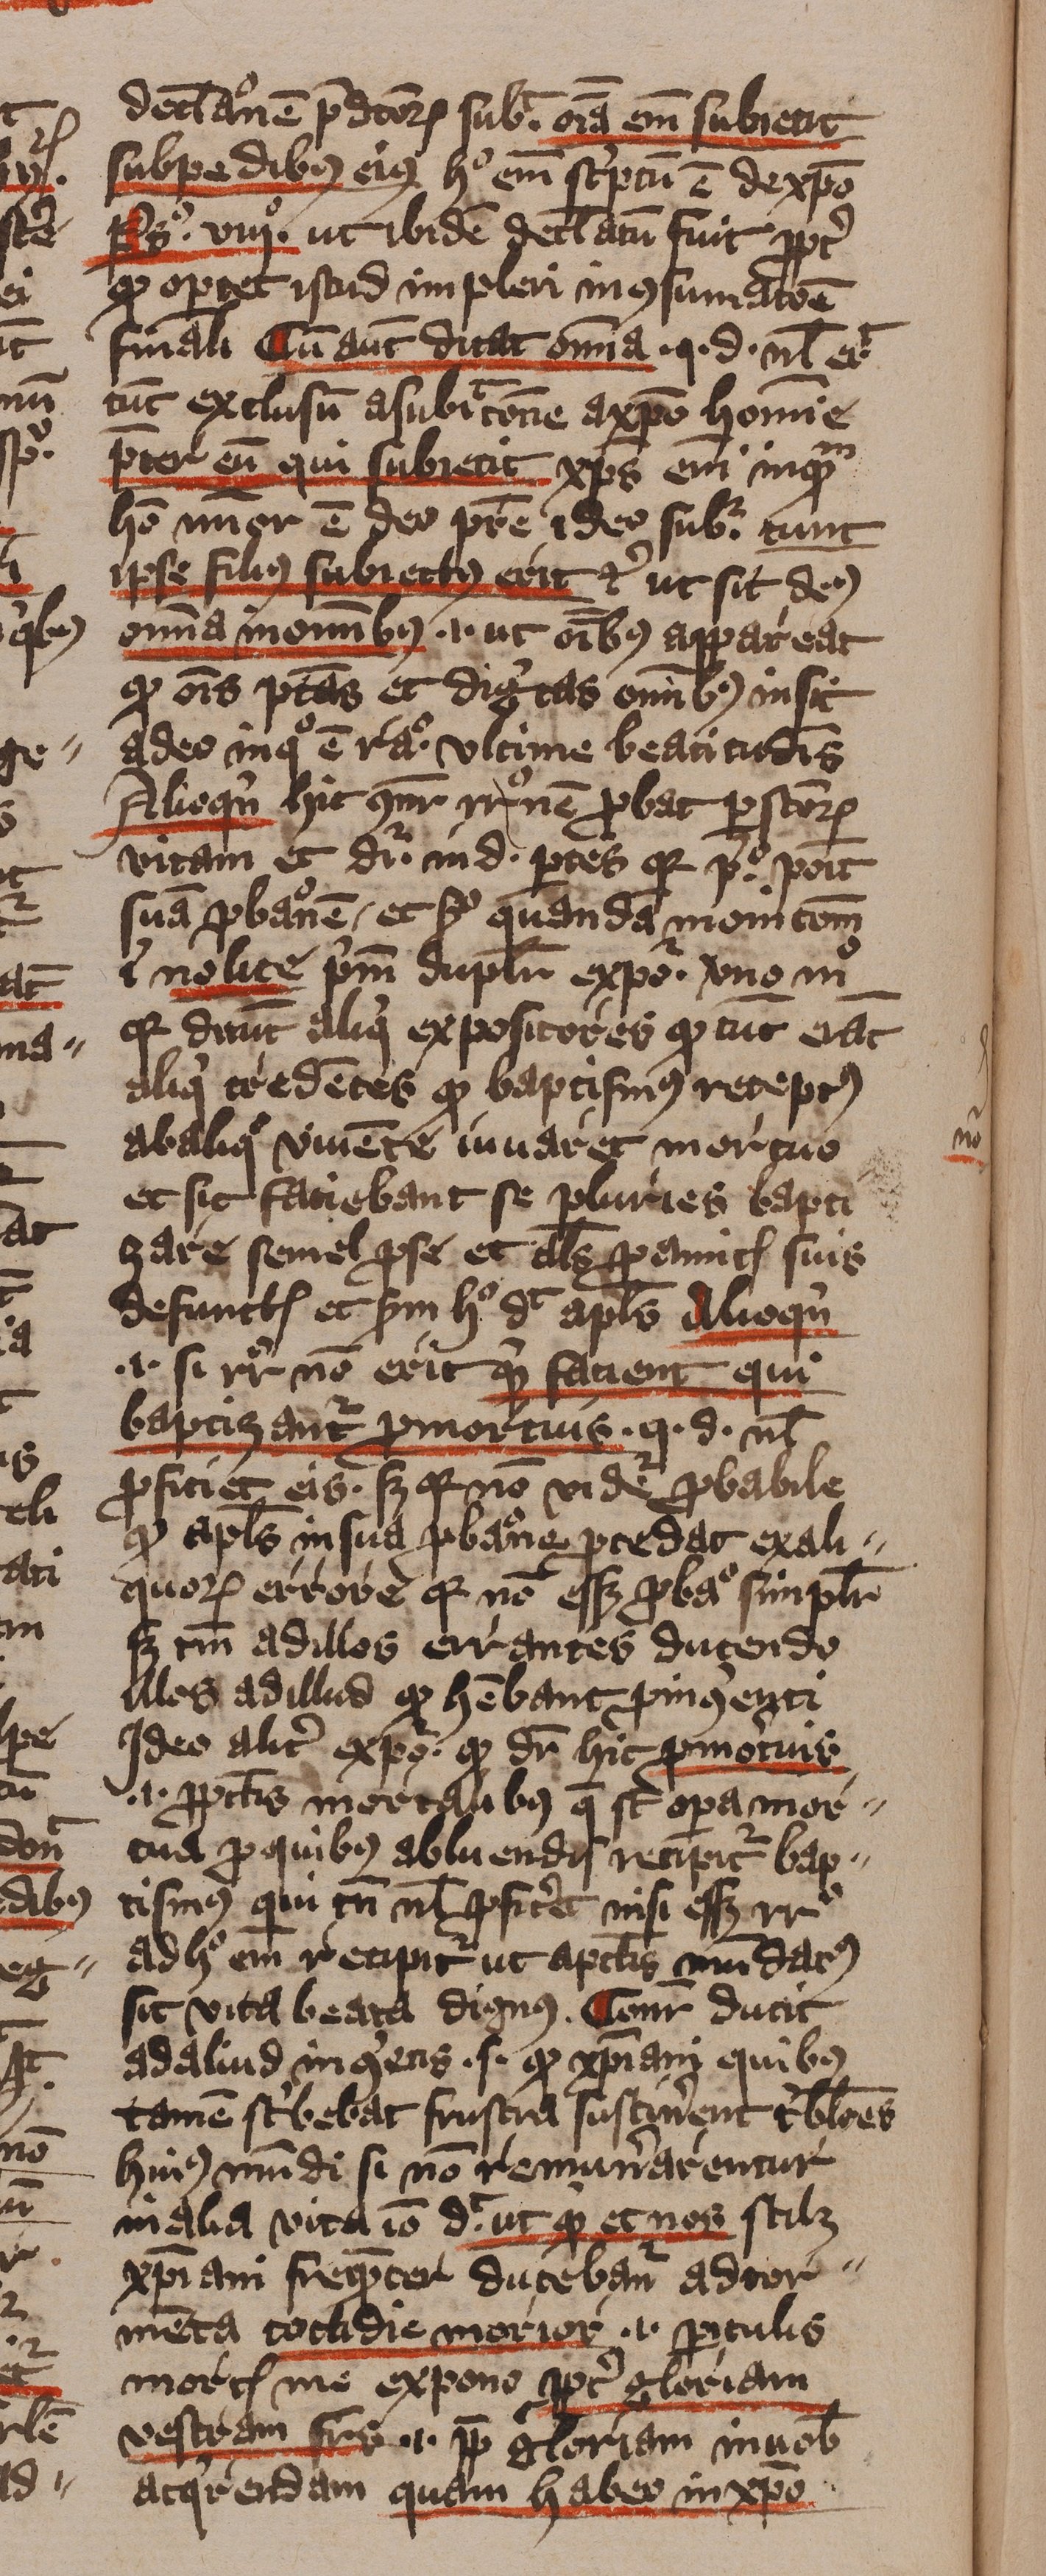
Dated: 1413–1415